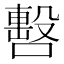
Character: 𠿉